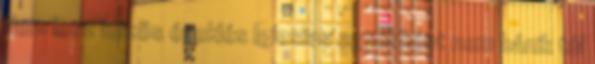
Nem lesz közös éneklés Iglesias egyébként nem bánik túl